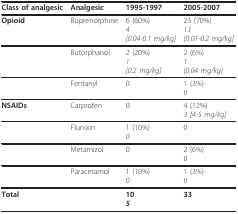
<table><thead><tr><td><b>Class of analgesic</b></td><td><b>Analgesic</b></td><td><b>1995-1997</b></td><td><b>2005-2007</b></td></tr></thead><tbody><tr><td><b>Opioid</b></td><td>Buprenorphine</td><td>6 (60%)<i>4</i><i>[0.04-0.1 mg/kg]</i></td><td>23 (70%)<i>13</i><i>[0.01-0.2 mg/kg]</i></td></tr><tr><td></td><td>Butorphanol</td><td>2 (20%)<i>1</i><i>[0.2 mg/kg]</i></td><td>2 (6%)<i>1</i><i>[0.04 mg/kg]</i></td></tr><tr><td></td><td>Fentanyl</td><td>0</td><td>1 (3%)<i>0</i></td></tr><tr><td><b>NSAIDs</b></td><td>Carprofen</td><td>0</td><td>4 (12%)<i>3 [4-5 mg/kg]</i></td></tr><tr><td></td><td>Flunixin</td><td>1 (10%)<i>0</i></td><td>0</td></tr><tr><td></td><td>Metamizol</td><td>0</td><td>2 (6%)<i>0</i></td></tr><tr><td></td><td>Paracetamol</td><td>1 (10%)<i>0</i></td><td>1 (3%)<i>0</i></td></tr><tr><td><b>Total</b></td><td></td><td><b>10</b><b><i>5</i></b></td><td><b>33</b></td></tr></tbody></table>